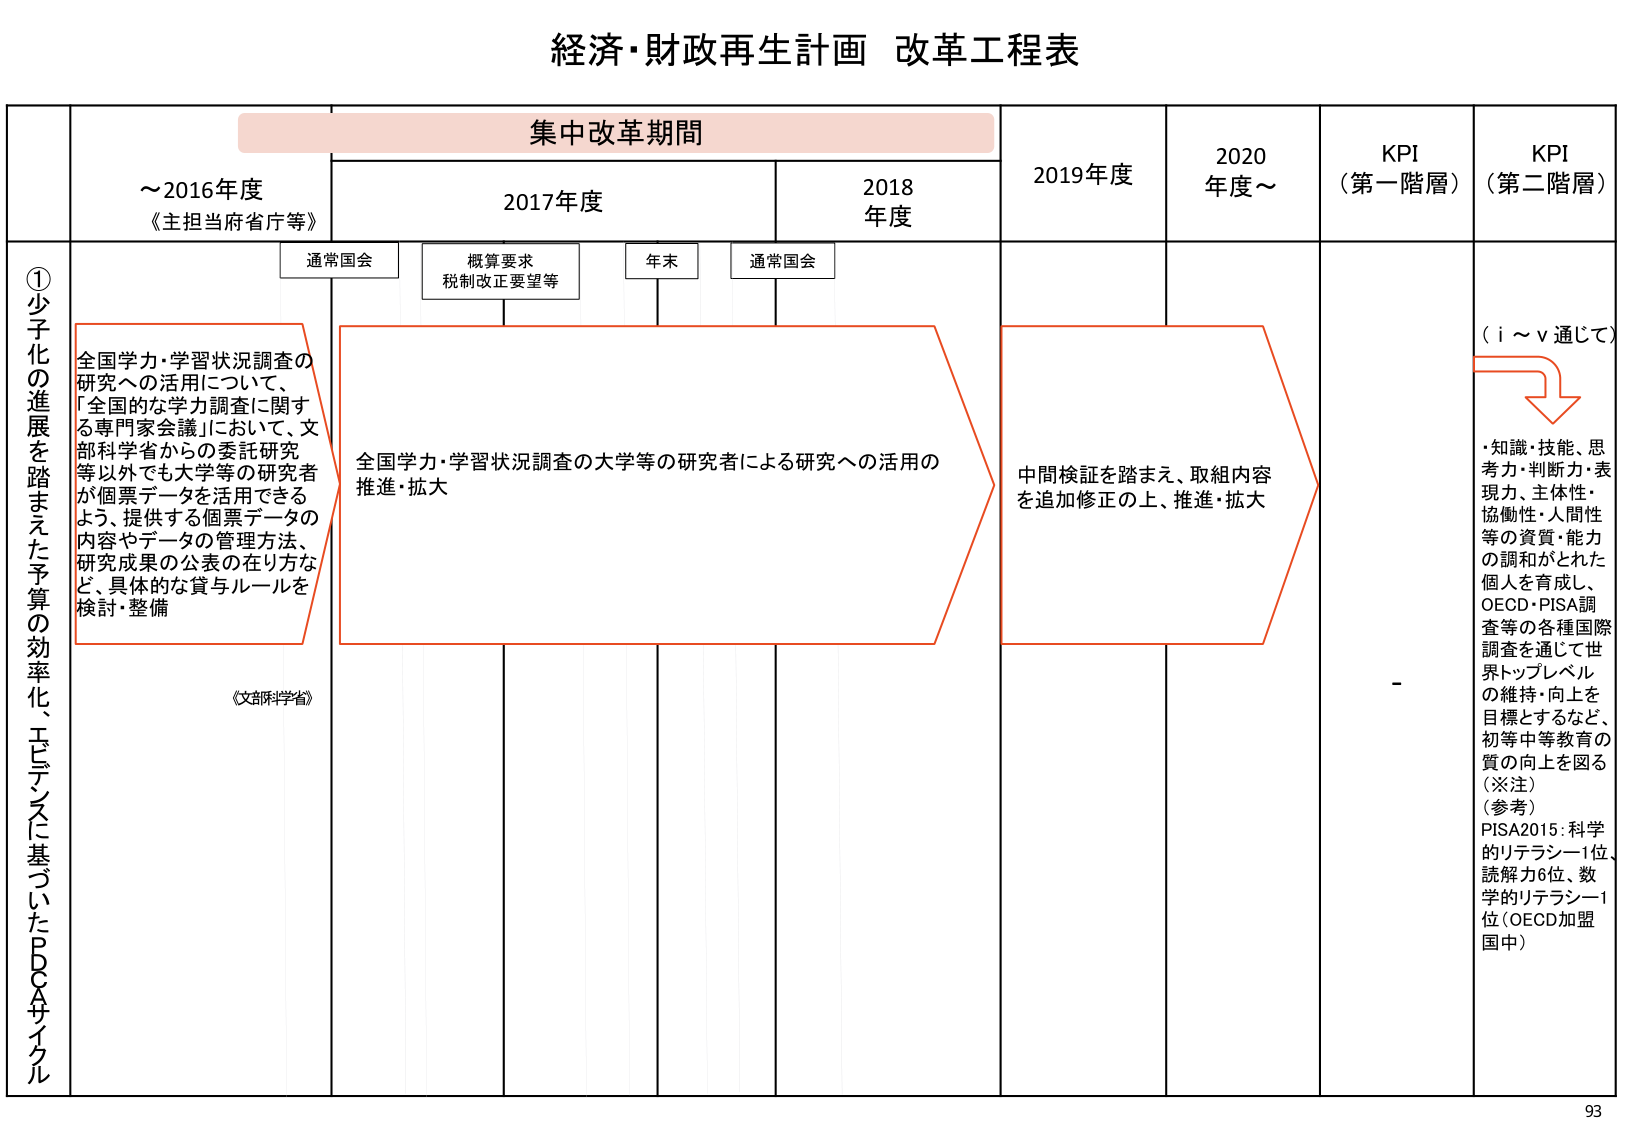
経済・財政再生計画 改革工程表

集中改革期間

～2016年度
《主担当府省庁等》

2017年度
通常国会
概算要求
税制改正要望等
年末
通常国会

2018年度

2019年度

2020年度～

KPI
（第一階層）

KPI
（第二階層）

①少子化の進展を踏まえた予算の効率化、エビデンスに基づいたPDCAサイクル

全国学力・学習状況調査の研究への活用について、
「全国的な学力調査に関する専門家会議」において、文部科学省からの委託研究等以外でも大学等の研究者が個票データを活用できるよう、提供する個票データの内容やデータの管理方法、研究成果の公表の在り方など、具体的な貸与ルールを検討・整備

《文部科学省》

全国学力・学習状況調査の大学等の研究者による研究への活用の推進・拡大

中間検証を踏まえ、取組内容を追加修正の上、推進・拡大

（ⅰ～ⅴ通じて）

・知識・技能、思考力・判断力・表現力、主体性・協働性・人間性等の資質・能力の調和がとれた個人を育成し、OECD・PISA調査等の各種国際調査を通じて世界トップレベルの維持・向上を目標とするなど、初等中等教育の質の向上を図る
（※注）
（参考）
PISA2015：科学的リテラシー1位、読解力6位、数学的リテラシー1位（OECD加盟国中）

93